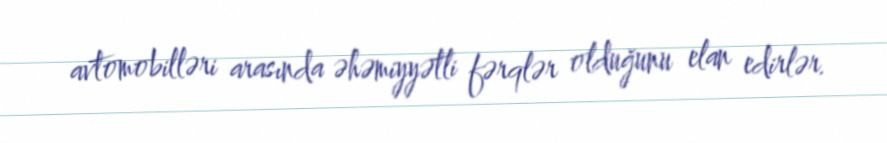
avtomobilləri arasında əhəmiyyətli fərqlər olduğunu elan edirlər.